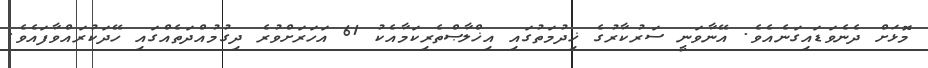
މޮޅަށް ދެނެވަޑައިގަނެއެވެ. އޭނާވަނީ ސަރުކާރުގެ ޚިދުމަތުގައި އިޚްލާޞްތެރިކަމާއެކު 61 އަހަރަށްވުރެ ދިގުމުއްދަތެއްގައި ހޭދަކުރައްވާފައެވެ.